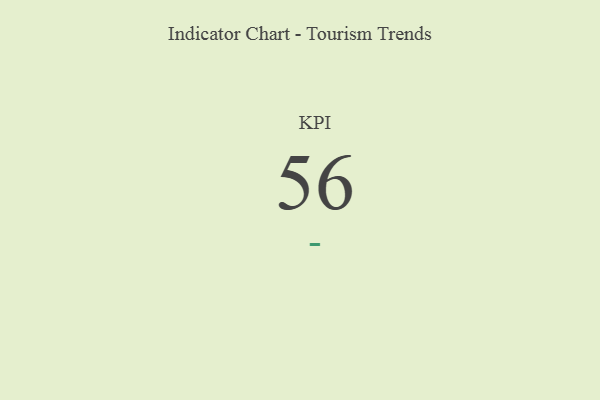
{"axis": {"x": "KPI", "y": "Value"}, "legend": [""], "data": [{"x": "KPI", "y": 56, "type": ""}]}